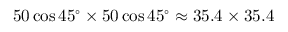
5 0 \cos 4 5 ^ { \circ } \times 5 0 \cos 4 5 ^ { \circ } \approx 3 5 . 4 \times 3 5 . 4